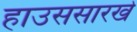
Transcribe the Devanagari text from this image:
हाउससारखे